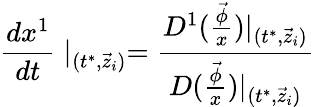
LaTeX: \frac{dx^{1}}{dt}\mid_{(t^{*},\vec{z}_{i})}=\frac{D^{1}(\frac{\vec{\phi}}x)|_{(t^{*},\vec{z}_{i})}}{D(\frac{\vec{\phi}}x)|_{(t^{*},\vec{z}_{i})}}